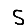
Digit: 5